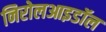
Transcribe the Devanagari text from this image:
निरोलआइडॉल